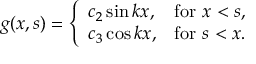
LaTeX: g ( x , s ) = { \left\{ \begin{array} { l l } { c _ { 2 } \sin k x , } & { { \mathrm { f o r ~ } } x < s , } \\ { c _ { 3 } \cos k x , } & { { \mathrm { f o r ~ } } s < x . } \end{array} \right. }